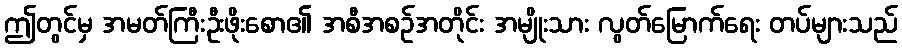
ဤတွင်မှ အမတ်ကြီးဦးဖိုးစော၏ အစီအစဉ်အတိုင်း အမျိုးသား လွတ်မြောက်ရေး တပ်များသည်